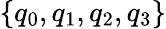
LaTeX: \{ q_{0},q_{1},q_{2},q_{3}\}